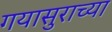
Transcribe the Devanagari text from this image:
गयासुराच्या